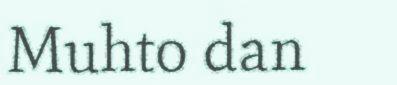
Muhto dan